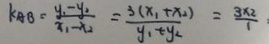
k _ { A B } = \frac { y _ { 1 } - y _ { 2 } } { x _ { 1 } - x _ { 2 } } = \frac { 3 ( x _ { 1 } + x _ { 2 } ) } { y _ { 1 } + y _ { 2 } } = \frac { 3 \times 2 } { 1 }